Annual administration report of the Civil Veterinary Department of India - 1895-1896
Year: 1895
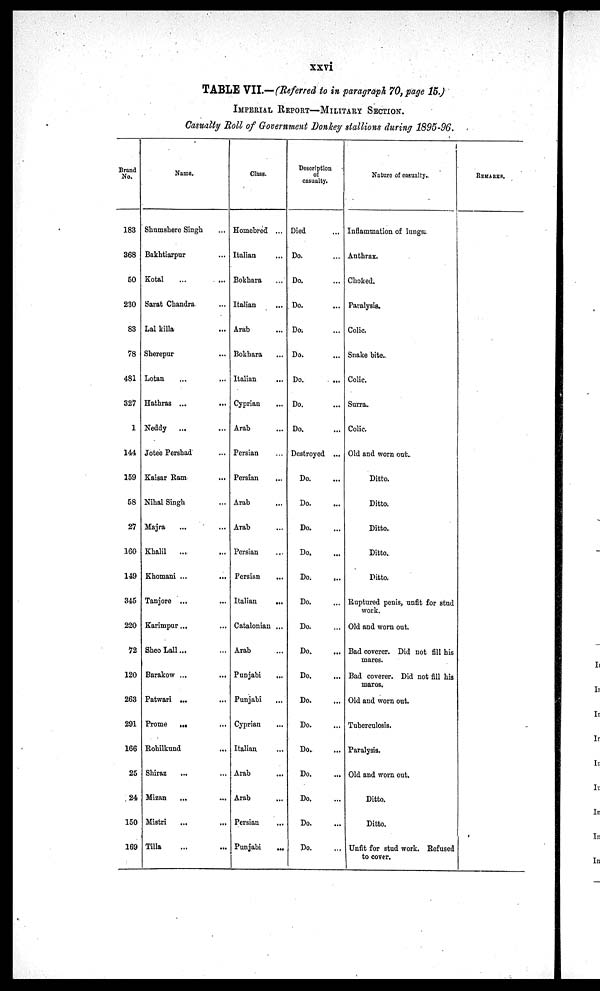
xxvi
TABLE VII.—(Referred to in paragraph 70, page 15.)
IMPERIAL REPORT—MILITARY SECTION.
Casualty Roll of Government Donkey stallions during 1895-96.
Brand
No.
183
368
50
230
83
78
481
327
1
144
159
58
27
160
149
345
220
72
120
263
291
166
25
24
150
169
Name.
Shumshere Singh
...
Bakhtiarpur
...
Kotal
...
Sarat Chandra
...
Lal killa
...
Sherepur
...
Lotan
...
Hathras ...
...
Neddy...
Jotee Pershad
...
Kaisar
Ram
...
Nihal Singh
...
Majra
...
...
Khalil
...
...
Khomani ...
...
Tanjore ...
...
Karimpur ...
...
Sheo Lall ... ...
Barakow ...
...
Patwari ...
...
Prome
...
...
Rohilkund
...
Shiraz
...
...
Mizan
...
...
Mistri
...
...
Tilla ... ...
Class.
Homebred...
Italian...
Bokhara...
Italian...
Arab...
Bokhara...
Italian...
Cyprian...
Arab...
Persian...
Persian...
Arab...
Arab...
Persian...
Persian...
Italian...
Catalonian...
Arab...
Punjabi...
Punjabi...
Cyprian...
Italian...
Arab...
Arab...
Persian...
Punjabi...
Description
of
casualty.
Died...
Do. ...
Do.
...
Do.
...
Do.
...
Do.
...
Do.
...
Do.
...
Do.
...
Destroyed...
Do.
...
Do.
...
Do.
...
Do.
...
Do.
...
Do. ...
Do. ...
Do. ...
Do.
...
Do.
...
Do.
...
Do.
...
Do.
...
Do.
...
Do.
...
Do. ...
Nature of casualty.
Inflammation of lungs.
Anthrax.
Choked.
Paralysis.
Colic.
Snake bite.
Colic.
Surra.
Colic.
Old and worn out.
Ditto.
Ditto.
Ditto.
Ditto.
Ditto.
Ruptured penis, unfit for stud
work.
Old and worn out.
Bad coverer. Did not fill his
mares.
Bad coverer. Did not fill his
mares.
Old and worn out.
Tuberculosis.
Paralysis.
Old and worn out.
Ditto.
Ditto.
Unfit for stud work. Refused
to cover.
REMARKS.